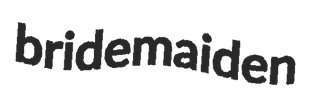
bridemaiden